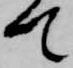
て